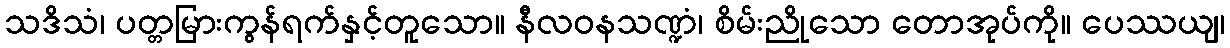
သဒိသံ၊ ပတ္တမြားကွန်ရက်နှင့်တူသော။ နီလဝနသဏ္ဍံ၊ စိမ်းညိုသော တောအုပ်ကို။ ပေဿယျ၊